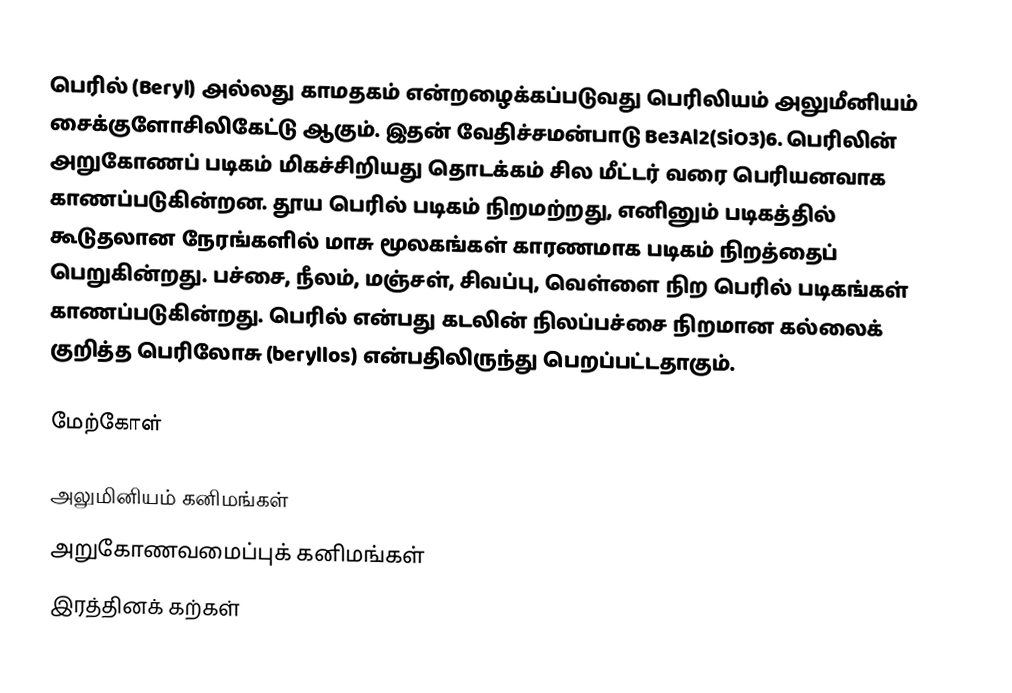
பெரில் (Beryl) அல்லது காமதகம் என்றழைக்கப்படுவது பெரிலியம்  அலுமீனியம் சைக்குளோசிலிகேட்டு ஆகும். இதன் வேதிச்சமன்பாடு Be3Al2(SiO3)6. பெரிலின் அறுகோணப் படிகம் மிகச்சிறியது தொடக்கம் சில மீட்டர் வரை பெரியனவாக காணப்படுகின்றன. தூய பெரில் படிகம் நிறமற்றது, எனினும் படிகத்தில் கூடுதலான நேரங்களில் மாசு மூலகங்கள் காரணமாக படிகம் நிறத்தைப் பெறுகின்றது. பச்சை, நீலம், மஞ்சள், சிவப்பு, வெள்ளை நிற பெரில் படிகங்கள் காணப்படுகின்றது. பெரில் என்பது கடலின் நிலப்பச்சை நிறமான கல்லைக் குறித்த பெரிலோசு (beryllos) என்பதிலிருந்து பெறப்பட்டதாகும்.

மேற்கோள்

அலுமினியம் கனிமங்கள்
அறுகோணவமைப்புக் கனிமங்கள்
இரத்தினக் கற்கள்